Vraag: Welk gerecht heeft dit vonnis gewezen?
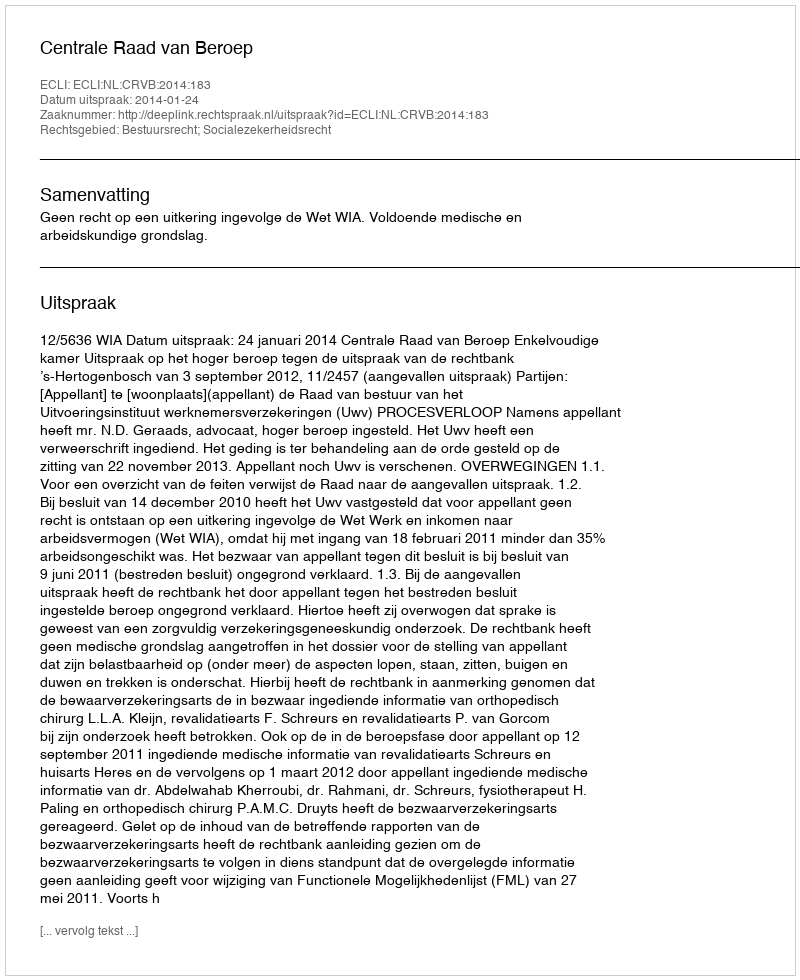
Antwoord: Centrale Raad van Beroep